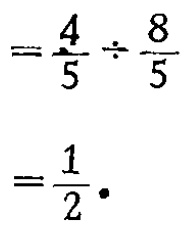
\[
=\frac{4}{5}\div\frac{8}{5} \\
=\frac{1}{2} \cdot
\]